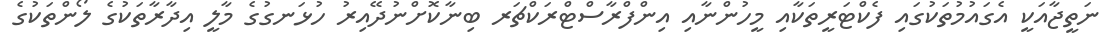
ނަތީޖާއަކީ އެގައުމުތަކުގައި ފެކްޓަރީތަކާއި މީހުންނާއި އިންފްރާސްޓްރަކްޗަރ ބިނާކޮށްނުދޭއިރު ހުޅަނގުގެ މާލީ އިދާރާތަކުގެ ލޯންތަކުގެ